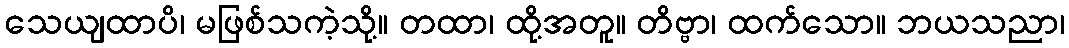
သေယျထာပိ၊ မဖြစ်သကဲ့သို့။ တထာ၊ ထို့အတူ။ တိဗ္ဗာ၊ ထက်သော။ ဘယသညာ၊